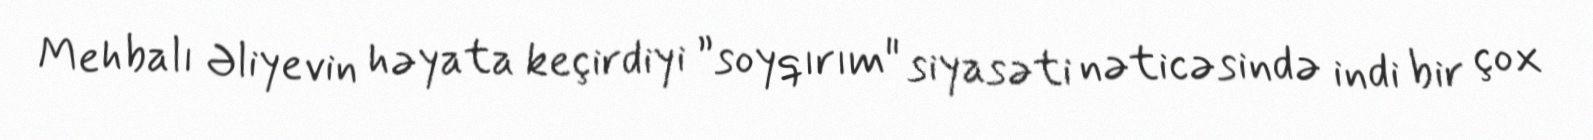
Mehbalı Əliyevin həyata keçirdiyi ”soyqırım" siyasəti nəticəsində indi bir çox